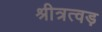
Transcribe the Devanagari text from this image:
श्रीत्रत्वड़